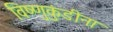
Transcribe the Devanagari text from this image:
विष्णुकुंडीना